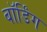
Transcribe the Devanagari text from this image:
बॉर्डिंग